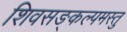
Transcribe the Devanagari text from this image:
शिवसङ्कल्पमस्तु